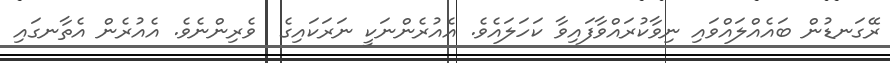
ރޭގަނޑުން ބައެއްލައްވައި ނިވާކުރައްވާފައިވާ ކަހަލައެވެ. އެއުރެންނަކީ ނަރަކައިގެ  ވެރިންނެވެ. އެއުރެން އެތާނގައި